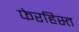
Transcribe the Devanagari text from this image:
फेरहिस्त